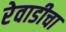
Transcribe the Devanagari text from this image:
रेवाडीचा